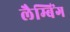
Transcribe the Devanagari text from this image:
लैम्बिंग